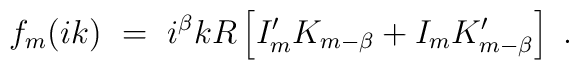
f_m(ik)\ =\ i^\beta k R\left[I'_m K_{m-\beta}+I_{m}K'_{m-\beta}\right]\ .